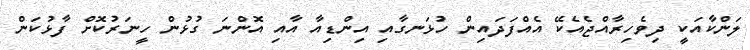
ލަންކާއަކީ ދިވެހިރާއްޖެއެކޭ އެއްފަދައިން ހުޅަނގާއި އިންޑިއާ އާއި އޮންނަ ގުޅުން ހީނަރުކޮށް ފާޅުކަން